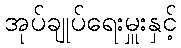
အုပ်ချုပ်ရေးမှူးနှင့်